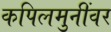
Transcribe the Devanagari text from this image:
कपिलमुनींवर